Sanitation, dispensaries and jails vaccination Rajputana 1922-1927 - 1922-1927
Year: 1922
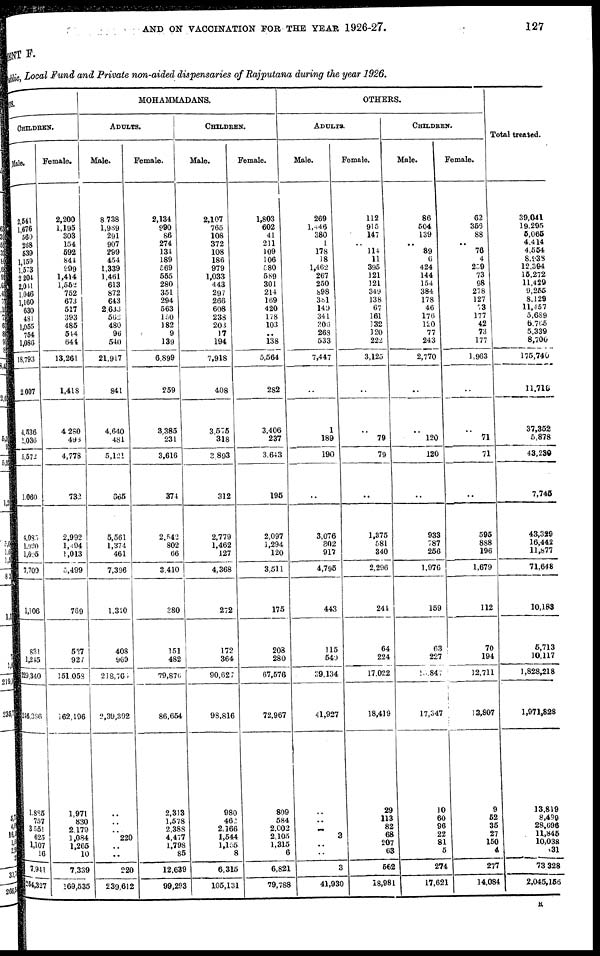
AND ON VACCINATION FOR THE YEAR 1926-27.
127
MENT F.
Public, Local Fund and Private non-aided dispensaries of Rajputana during the year 1926.
DUS.
CHILDREN.
Male.
2,541
1,676
560
268
539
1,159
1,573
2,204
2,061
1,046
1,160
630
481
1,055
754
1,086
8,793
2,007
4,536
1,036
5,572
1,060
4,085
1,920
1,695
7,700
1,106
831
1,245
19,340
16,386
1,885
757
3,551
625
1,107
16
7,941
254,327
Female.
2,200
1,195
303
154
592
844
999
1,414
1,552
752
673
517
393
485
544
644
13,261
1,418
4,280
496
4,778
732
2,992
1,494
1,013
5,499
769
537
927
151,053
162,196
1,971
830
2,179
1,084
1,265
10
7,339
169,535
MOHAMMADANS.
ADULTS.
Male.
8,738
1,989
291
907
299
454
1,339
1,461
613
872
643
2,633
562
480
96
540
21,917
841
4,640
481
5,121
665
5,561
1,374
461
7,396
1,340
408
969
218,765
2,39,392
..
..
..
220
..
..
220
239,612
Female.
2,134
990
86
274
134
189
569
555
280
351
294
563
150
182
9
139
6,899
259
3,385
231
3,616
374
2,542
802
66
3,410
380
151
482
79,876
86,654
2,313
1,578
2,388
4,477
1,798
85
12,639
99,293
CHILDREN.
Male.
2,107
765
108
372
108
186
979
1,033
443
297
266
608
238
203
17
194
7,918
408
3,575
318
3,893
312
2,779
1,462
127
4,368
272
172
364
90,627
98,816
980
462
2,166
1,544
1,155
8
6,315
105,131
Female.
1,803
602
41
211
109
106
580
589
301
214
169
420
178
103
..
138
5,564
282
3,406
237
3,643
195
2,097
1,294
120
3,511
175
203
280
67,576
72,967
809
584
2,002
2,105
1,315
6
6,821
79,788
OTHERS.
ADULTS.
Male.
269
1,446
380
1
178
18
1,462
267
250
898
381
140
341
206
268
533
7,447
..
1
189
190
..
3,076
802
917
4,795
443
115
540
39,134
41,927
..
..
..
3
..
..
3
41,930
Female.
112
915
147
.. 114
11
395
121
121
349
138
67
161
132
120
222
3,125
..
..
79
79
..
1,375
581
340
2,296
244
64
224
17,022
18,419
29
113
82
68
207
63
562
18,981
CHILDREN.
Male.
86
504
139
.. 89
6
424
144
154
384
178
46
176
120
77
243
2,770
..
..
120
120
..
933
787
256
1,976
159
63
227
15,847
17,347
10
60
96
22
81
5
274
17,621
Female.
62
356
88
.. 76
4
259
73
98
278
127
73
177
42
73
177
1,963
..
..
71
71
..
595
888
196
1,679
112
70
194
12,711
13,807
9
52
35
27
150
4
277
14,084
Total treated.
39,041
19,295
5,065
4,414
4,554
8,938
12,394
15,272
11,429
9,255
8,129
11,457
5,689
6,765
5,339
8,700
175,740
11,716
37,352
5,878
43,230
7,745
43,329
16,442
11,877
71,648
10,183
5,713
10,117
1,828,218
1,971,828
13,819
8,499
28,696
11,845
10,038
31
73,328
2,045,156
R